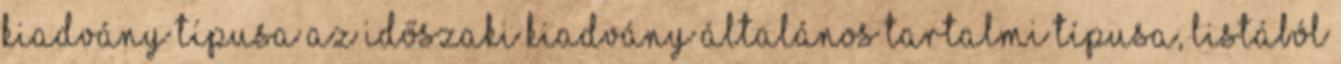
kiadvány típusa Az időszaki kiadvány általános tartalmi típusa, listából